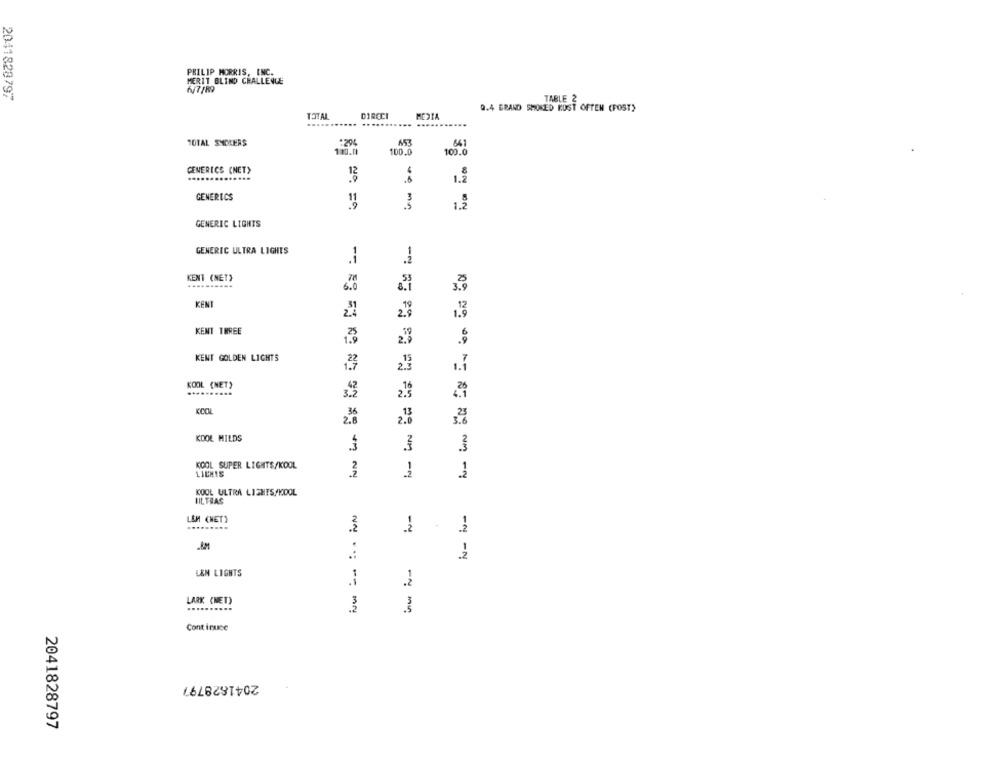
PHILIP MORRIS, INC.
MERIT BLIND CHALLENGE
6/7/89
2041828797
TABLE 2
TVACI
Q.4 ERAND SMOKED MOST OFTEN (POST)
DIRECI
......
TOTAL SMOKERS
:29
641
110.11
100.0
100.0
GENERICS (NET)
1.2
GENERICS
11
.5
GENERIC LIGHTS
GENERIC ULTRA LIGHTS
-
KENT (NET)
6.0
KENT
KENT THREE
KENT GOLDEN LIGHTS
253
KOOL (NET)
2.5
KCOL
3.6
KOOL MILDS
3
KICOL SUPER LIGHTS/KOOL
LICHIS
1
KOOL ULTRA LIGHTS, POOL
IILTRAS
L&M (NET)
-
2
1
,2
LEN LIGHTS
LARK (NET)
.......
Cont ince
2041828797
2041828797